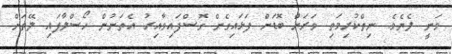
ވަނީ ލެޔެވެ. ނިތްކުރިމަތި ވަރަށް ބޮޑަށް ފަޅައިގެން ގޮސްފައިވާއިރު އެތަނުން ހޯސްލާފައި ލޭތަށް